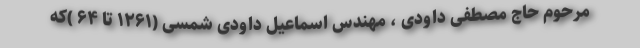
مرحوم حاج مصطفی داودی ، مهندس اسماعیل داودی شمسی (۱۲۶۱ تا ۶۴ )که